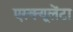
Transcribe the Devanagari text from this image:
एस्क्यूलेंटा